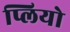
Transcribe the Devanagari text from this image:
प्लियो